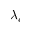
\lambda _ { c }